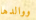
ووالدها